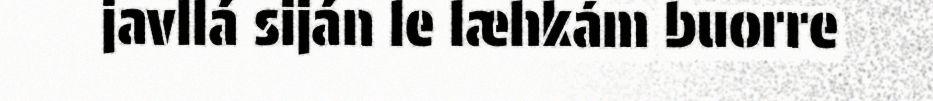
javllá siján le læhkám buorre